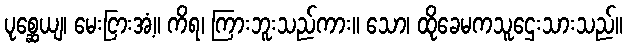
ပုစ္ဆေယျ၊ မေးငြားအံ့။ ကိရ၊ ကြားဘူးသည်ကား။ သော၊ ထိုခေမကသူဌေးသားသည်။